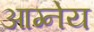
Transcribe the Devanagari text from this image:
आग्‍नेय